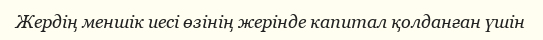
Жердің меншік иесі өзінің жерінде капитал қолданған үшін